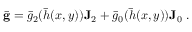
\bar { \mathbf { g } } = \bar { g } _ { 2 } ( \bar { h } ( x , y ) ) \mathbf { J } _ { 2 } + \bar { g } _ { 0 } ( \bar { h } ( x , y ) ) \mathbf { J } _ { 0 } ~ .